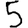
Digit: 5